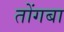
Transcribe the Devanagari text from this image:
तोंगबा